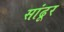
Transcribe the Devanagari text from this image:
सांढूर